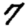
Digit: 7